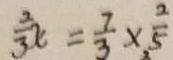
\frac { 3 } { 3 } x = \frac { 7 } { 3 } \times \frac { 2 } { 5 }